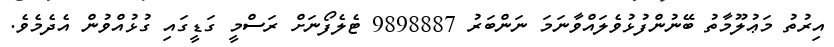
އިރުތު މަޢުލޫމާތު ބޭނުންފުޅުވެލައްވާނަމަ ނަންބަރު 9898887 ޓެލެފޯނަށް ރަސްމީ ގަޑީގައި ގުޅުއްވުން އެދެމެވެ.